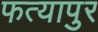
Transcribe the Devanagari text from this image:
फत्यापुर